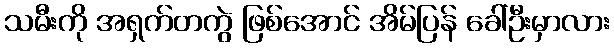
သမီးကို အရှက်တကွဲ ဖြစ်အောင် အိမ်ပြန် ခေါ်ဦးမှာလား